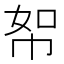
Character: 帤